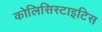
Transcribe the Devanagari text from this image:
कोलिसिस्टाइटिस